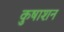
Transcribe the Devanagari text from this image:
कुषाशन